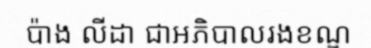
ប៉ាង លីដា ជាអភិបាលរងខណ្ឌ